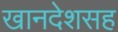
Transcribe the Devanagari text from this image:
खानदेशसह